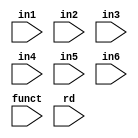
module mux
(
	input   [31:0]	in1, in2, in3, in4, in5, in6,
    	input   [5:0]	funct,
    	input	[4:0]	rd
);

	always@ (*) begin
		case (funct)
			6'b100000: begin
				glob.r[rd] = in1;
			end
			6'b100010: begin
				glob.r[rd] = in2;
			end
			6'b000010: begin
				glob.r[rd] = in3;
			end
			6'b100100: begin
				glob.r[rd] = in4;
			end
			6'b100101: begin
				glob.r[rd] = in5;
			end
			6'b101010: begin
				glob.r[rd] = in6;
			end
		endcase
	end

endmodule